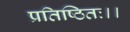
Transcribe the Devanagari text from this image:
प्रतिष्ठितः।।